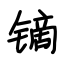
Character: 镝